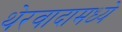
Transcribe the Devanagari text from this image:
थेरवादामध्ये